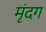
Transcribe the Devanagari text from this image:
मृंदग